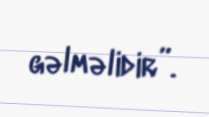
gəlməlidir”.